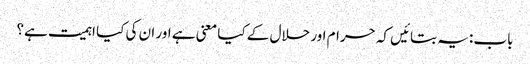
باب: یہ بتائیں کہ حرام اور حلال کے کیا معنی ہے اور ان کی کیا اہمیت ہے؟